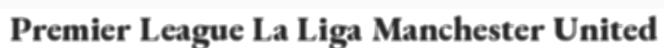
Premier League La Liga Manchester United